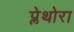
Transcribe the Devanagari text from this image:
प्लेथोरा